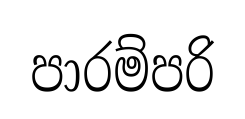
පාරම්පරි